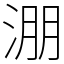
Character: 淜